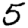
Digit: 5